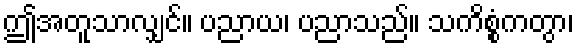
ဤအတူသာလျှင်။ ပညာယ၊ ပညာသည်။ သကိစ္စံကတွာ၊